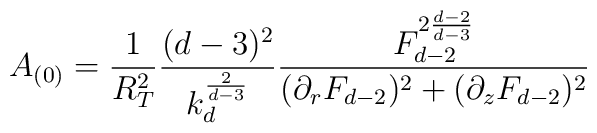
A_{(0)} = \frac{1}{R_T^2} \frac{(d-3)^2}{k_d^{\frac{2}{d-3}}}\frac{F_{d-2}^{2 \frac{d-2}{d-3}}}{ (\partial_r F_{d-2})^2 +(\partial_z F_{d-2})^2 }